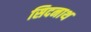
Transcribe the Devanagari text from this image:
सिदनाथ